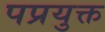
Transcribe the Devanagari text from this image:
पप्रयुक्त